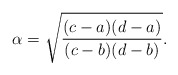
\begin{align*}\alpha = \sqrt{\frac{(c-a)(d-a)}{(c-b)(d-b)}} .\end{align*}